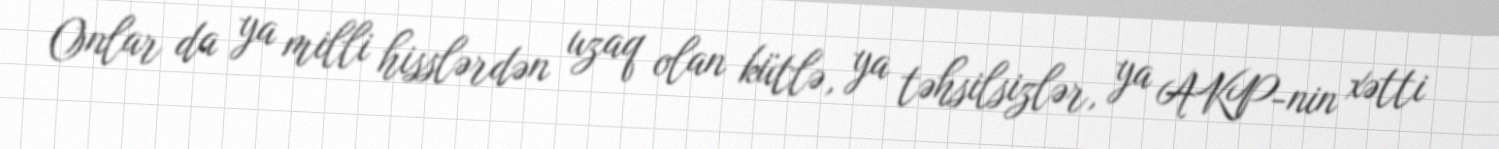
Onlar da ya milli hisslərdən uzaq olan kütlə, ya təhsilsizlər, ya AKP-nin xətti